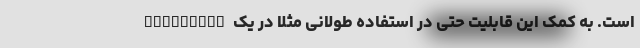
Rheinland است. به کمک این قابلیت حتی در استفاده طولانی مثلا در یک